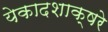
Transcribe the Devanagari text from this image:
येकादशाक्षरे